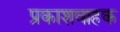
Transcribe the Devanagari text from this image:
प्रकाशवाहक